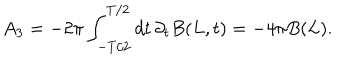
LaTeX: A _ { 3 } = - 2 \pi \int _ { - T / 2 } ^ { T / 2 } d t \, \partial _ { t } B ( L , t ) = - 4 \pi B ( L ) .